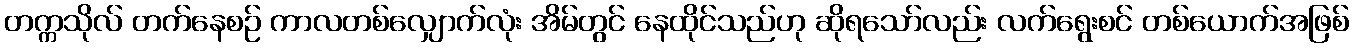
တက္ကသိုလ် တက်နေစဉ် ကာလတစ်လျှောက်လုံး အိမ်တွင် နေထိုင်သည်ဟု ဆိုရသော်လည်း လက်ရွေးစင် တစ်ယောက်အဖြစ်